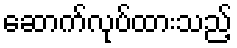
ဆောက်လုပ်ထားသည့်